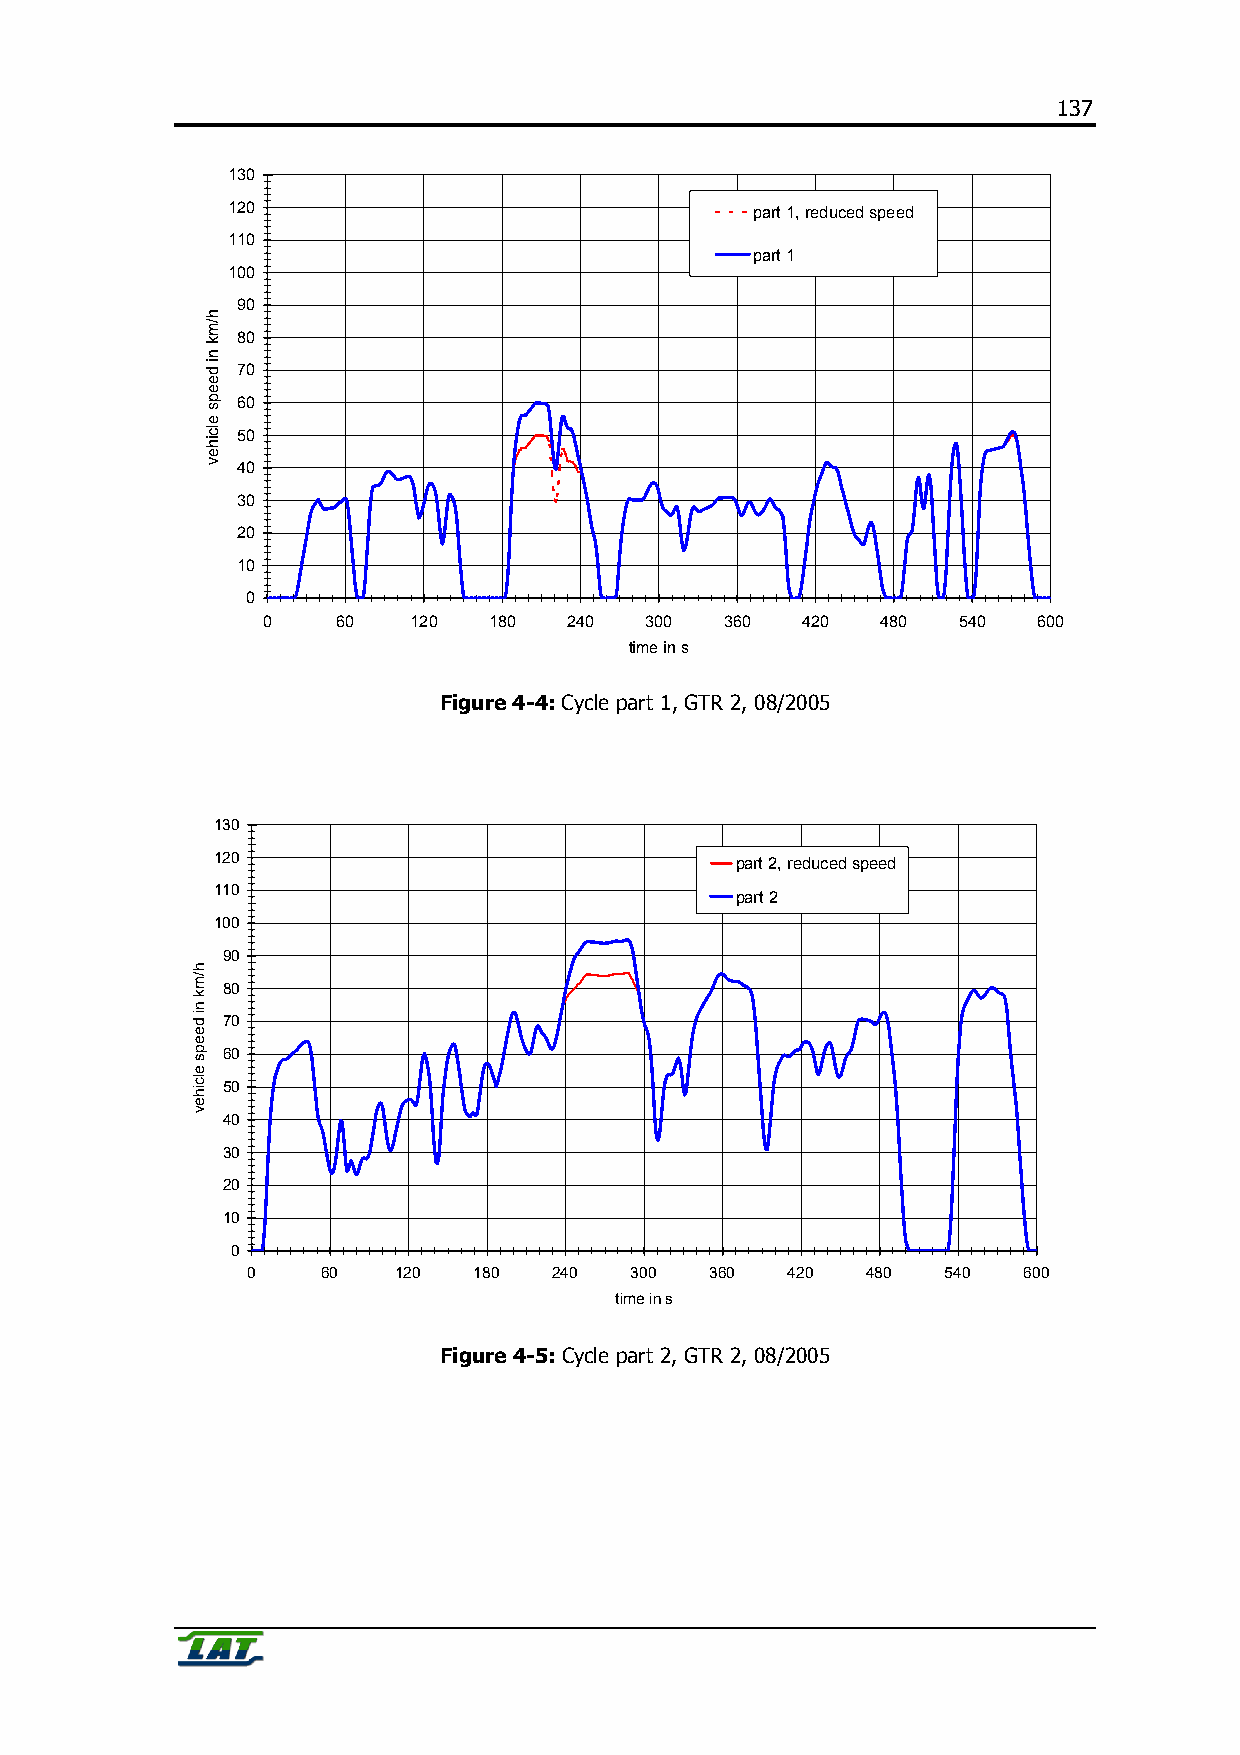
137
 130
 120                                part 1, reduced speed
 110
 part 1
 100
 90
 80
 70
 60
 50
 40
 30
 20
 10
 0
 0    60   120  180   240  300  360  420  480  540   600
 time in s
 Figure 4-4: Cycle part 1, GTR 2, 08/2005
 130
 120                                part 2, reduced speed
 110
 part 2
 100
 90
 80
 70
 60
 50
 40
 30
 20
 10
 0
 0    60   120  180   240  300  360  420  480   540  600
 time in s
 Figure 4-5: Cycle part 2, GTR 2, 08/2005
 h/mk
 ni
 deeps
 elcihev
 h/mk
 ni
 deeps
 elcihev